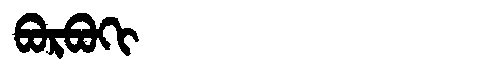
Manchu: ᠪᠣᡵᠪᠣᡴᡳ
Romanization: BORBOKI